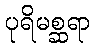
ပုရိမစ္ဆရာ